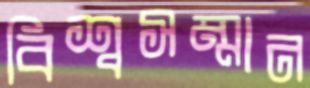
বিশ্বসম্মান